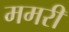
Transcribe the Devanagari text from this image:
ममरी